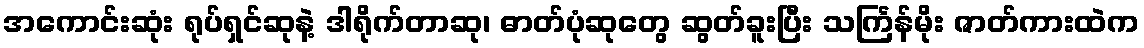
အကောင်းဆုံး ရုပ်ရှင်ဆုနဲ့ ဒါရိုက်တာဆု၊ ဓာတ်ပုံဆုတွေ ဆွတ်ခူးပြီး သင်္ကြန်မိုး ဇာတ်ကားထဲက